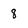
Character: 8